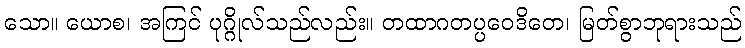
သော။ ယောစ၊ အကြင် ပုဂ္ဂိုလ်သည်လည်း။ တထာဂတပ္ပဝေဒိတေ၊ မြတ်စွာဘုရားသည်